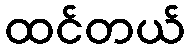
ထင်တယ်